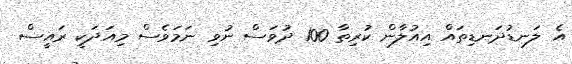
އެ ލަނޑުދަނޑިތައް އިއުލާން ކުރިތާ 100 ދުވަސް ނުވި ނަމަވެސް މިއަދަކީ ރައީސް